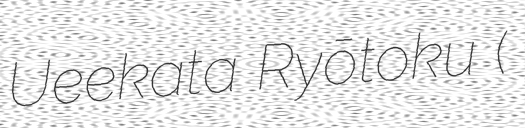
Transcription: Ueekata Ryōtoku (幸地